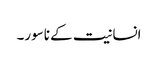
انسانیت کے ناسور۔